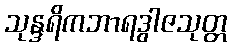
သုန္ဒရိကဘာရဒွါဇသုတ္တ